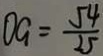
O G = \frac { 5 4 } { 2 5 }